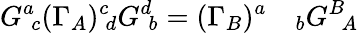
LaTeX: G^{a}\! _{c}(\Gamma_{A})^{c}\! _{d}G^{d}\! _{b}=(\Gamma_{B})^{a}\quad_{b}G^{B}\! _{A}